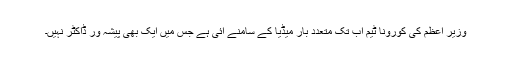
وزیر اعظم کی کورونا ٹیم اب تک متعدد بار میڈیا کے سامنے آئی ہے جس میں ایک بھی پیشہ ور ڈاکٹر نہیں۔